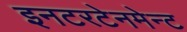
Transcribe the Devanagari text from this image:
इनटरटेनमेन्ट